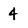
Character: 4